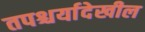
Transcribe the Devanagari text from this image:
तपश्चर्यादेखील